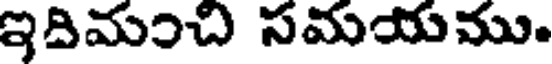
ఇదిమంచి సమయము.